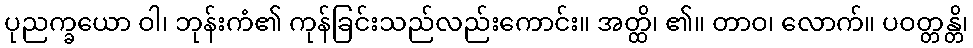
ပုညက္ခယော ဝါ၊ ဘုန်းကံ၏ ကုန်ခြင်းသည်လည်းကောင်း။ အတ္ထိ၊ ၏။ တာဝ၊ လောက်။ ပဝတ္တန္တိ၊